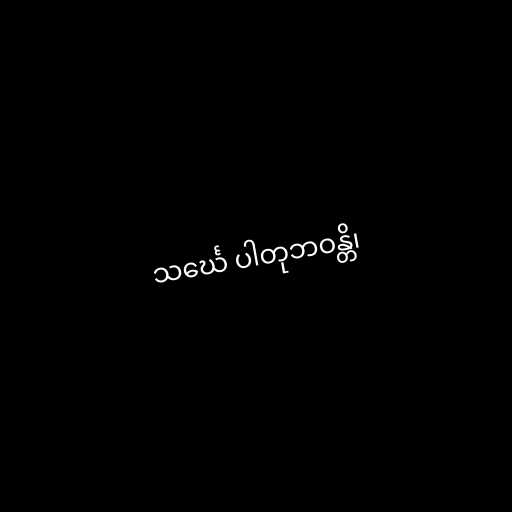
သင်္ဃေ ပါတုဘဝန္တိ၊